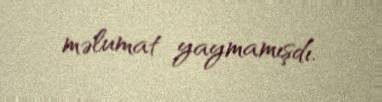
məlumat yaymamışdı.